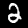
Digit: 2